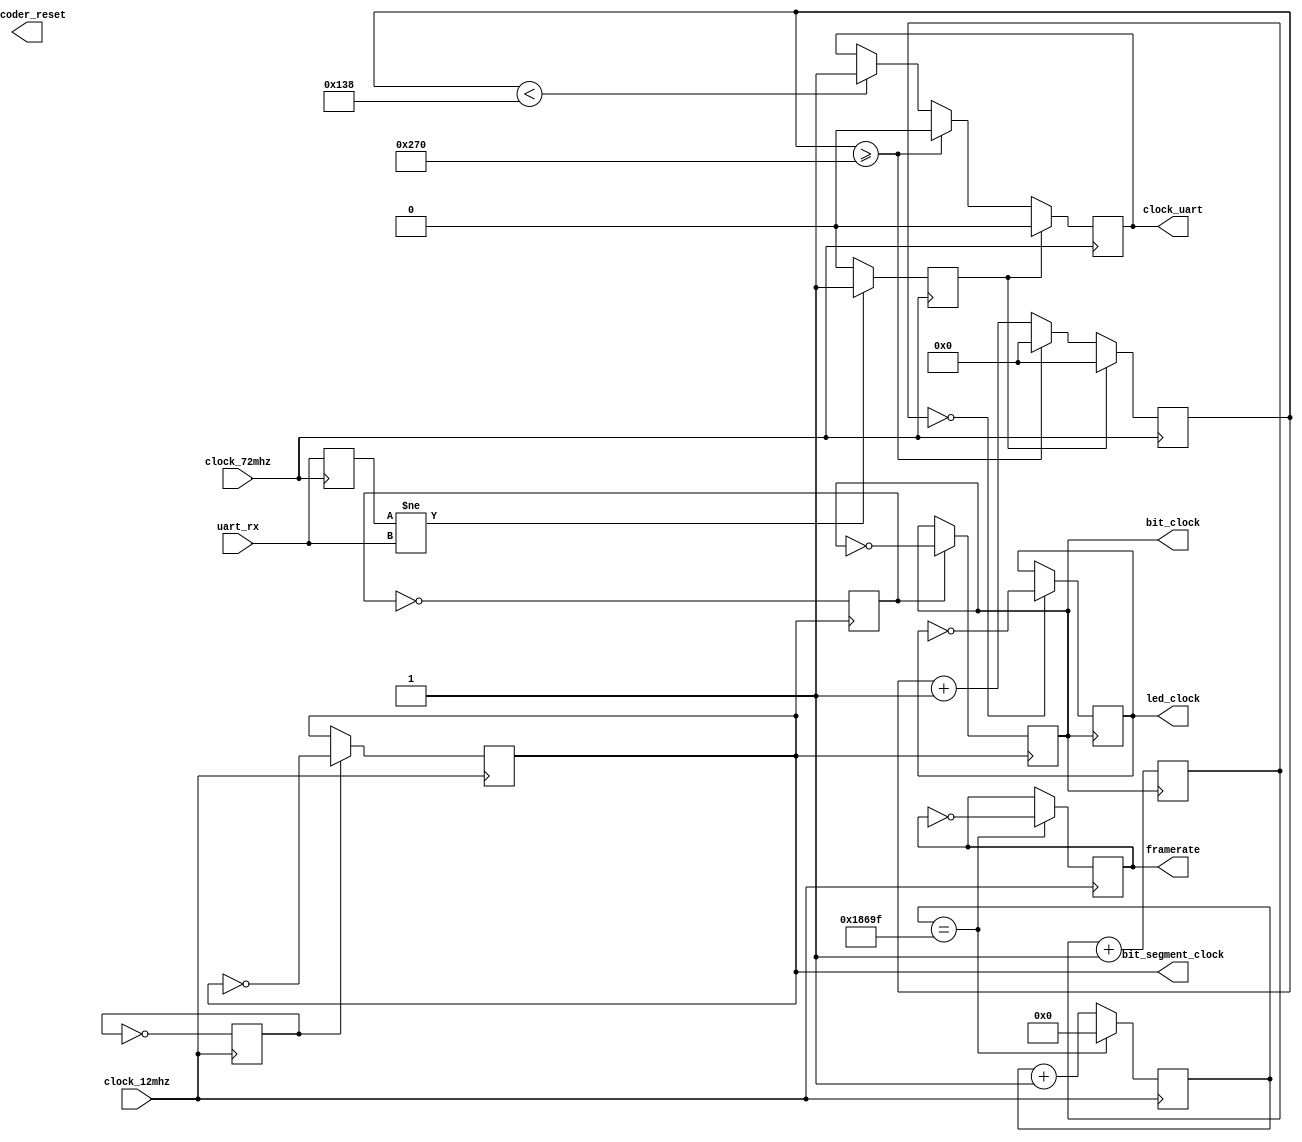

`ifndef CLOCK_GENERATOR_V
`define CLOCK_GENERATOR_V

// `include "pll_144mhz.v"

module clock_generator(
    input clock_12mhz,
    input clock_72mhz,
    output reg clock_uart,
    input uart_rx,
    output reg bit_segment_clock,
    output reg bit_clock,
    output reg led_clock,
    output reg encoder_reset,
    output reg framerate
    );

/*
 * The UART clock can/should be synchronized to the incoming data
 * in order to make sure, the data bit sample point lies
 * ideally in the middle of the bit.
 * Sampling happens at the rising edge of clock_uart,
 * therefore at a level change on the RX pin
 * the counter should reset in a way,
 * that the next rising edge of the clock occurs in half a bit.
 */
reg previous_rx = 0;
reg rx_sync = 0;
always @(posedge clock_72mhz)
begin
    previous_rx <= uart_rx;

    if (previous_rx != uart_rx)
        rx_sync <= 1;
    else
        rx_sync <= 0;
end

/*
 * Divide clock back down to 115200
 */
initial clock_uart <= 0;
reg[10:0] clock_uart_counter;

always @(posedge clock_72mhz)
begin
    if (rx_sync)
    begin
        clock_uart_counter <= 0;
        clock_uart <= 0;
    end
    else begin
        clock_uart_counter <= clock_uart_counter + 1;

        if (clock_uart_counter < 312)
        begin
            clock_uart <= 1;
        end

        if (clock_uart_counter >= 624)
        begin
            clock_uart_counter <= 0;
            clock_uart <= 0;
        end
    end
end

/*
 * Generate the clocks for shifting out the bits
 */

initial bit_segment_clock <= 0;
initial bit_clock <= 0;
initial led_clock <= 0;
initial framerate <= 0;

reg divisor1;
initial divisor1 <= 0;

always @(posedge clock_12mhz)
begin
    // 6 MHz
    divisor1 <= ~divisor1;
    if (divisor1)
    begin
        // 3 MHz
        bit_segment_clock <= ~bit_segment_clock;
    end
end

reg divisor3;
initial divisor3 <= 0;

always @(posedge bit_segment_clock)
begin
    // 1.5 MHz
    divisor3 <= ~divisor3;
    if (divisor3)
    begin
        // 750 kHz
        bit_clock <= ~bit_clock;
    end
end

reg[3:0] bit_counter;
initial bit_counter <= 0;

reg led_clock_enabled;
initial led_clock_enabled <= 1;

always @(posedge bit_clock)
begin
    if (bit_counter == 0)
    begin
        if (led_clock_enabled)
            led_clock <= ~led_clock;
    end
    bit_counter <= bit_counter + 1;
end

/*
 * Generate a 60 Hz signal
 */
reg[17:0] framerate_counter;
initial framerate_counter <= 0;

always @(posedge clock_12mhz)
begin
    // if (framerate_counter == 100000)
    if (framerate_counter == 99999)
    begin
        // 60 Hz
        framerate <= ~framerate;
        framerate_counter <= 0;
    end
    else begin
        framerate_counter <= framerate_counter + 1;
    end
end

endmodule

`endif